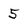
Character: 5